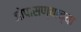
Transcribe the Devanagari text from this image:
जोपासण्याच्या